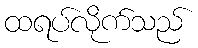
ထရပ်လိုက်သည်